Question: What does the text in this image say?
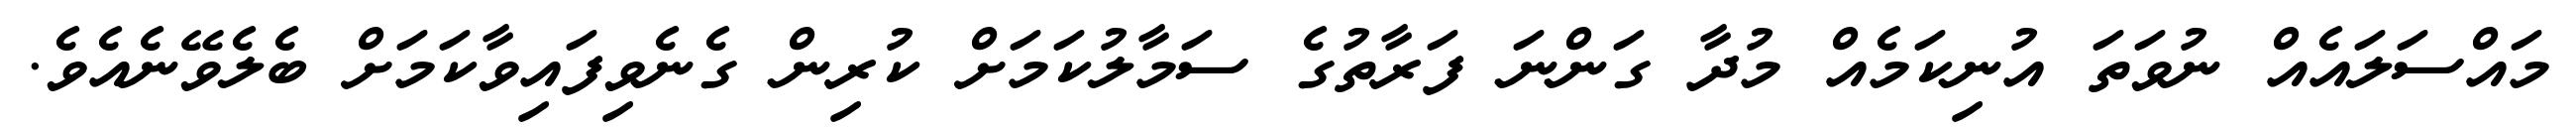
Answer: މައްސަލައެއް ނުވަތަ އުނިކަމެއް މުދާ ގަންނަ ފަރާތުގެ ސަމާލުކަމަށް ކުރިން ގެނެވިފައިވާކަމަށް ބެލެވޭނެއެވެ.